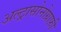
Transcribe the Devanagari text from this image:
अल्ट्रासोनोग्राफ़ी